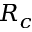
R _ { c }